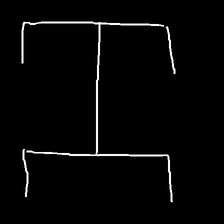
Glyph: entwine